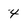
Character: 4